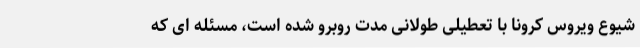
شیوع ویروس کرونا با تعطیلی طولانی مدت روبرو شده است، مسئله ای که